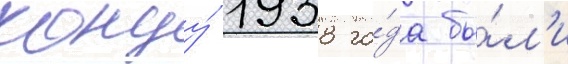
концу́ 1938 го́да бы́л'и